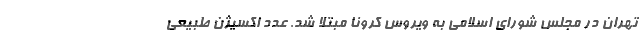
تهران در مجلس شورای اسلامی به ویروس کرونا مبتلا شد. عدد اکسیژن طبیعی